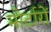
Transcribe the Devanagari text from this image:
मोर्टारों